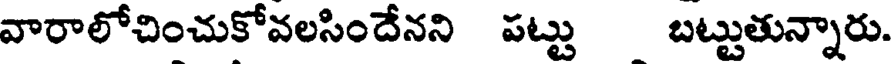
వారాలోచించుకోవలసిందేనని పట్టు బట్టుతున్నారు.